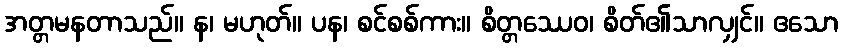
အတ္တမနတာသည်။ န၊ မဟုတ်။ ပန၊ စင်စစ်ကား။ စိတ္တဿေဝ၊ စိတ်၏သာလျှင်။ ဧသော